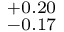
^ { + 0 . 2 0 } _ { - 0 . 1 7 }